Senior Leaving Certificate Examination (including Day School Certificate (Higher) General paper), 1947
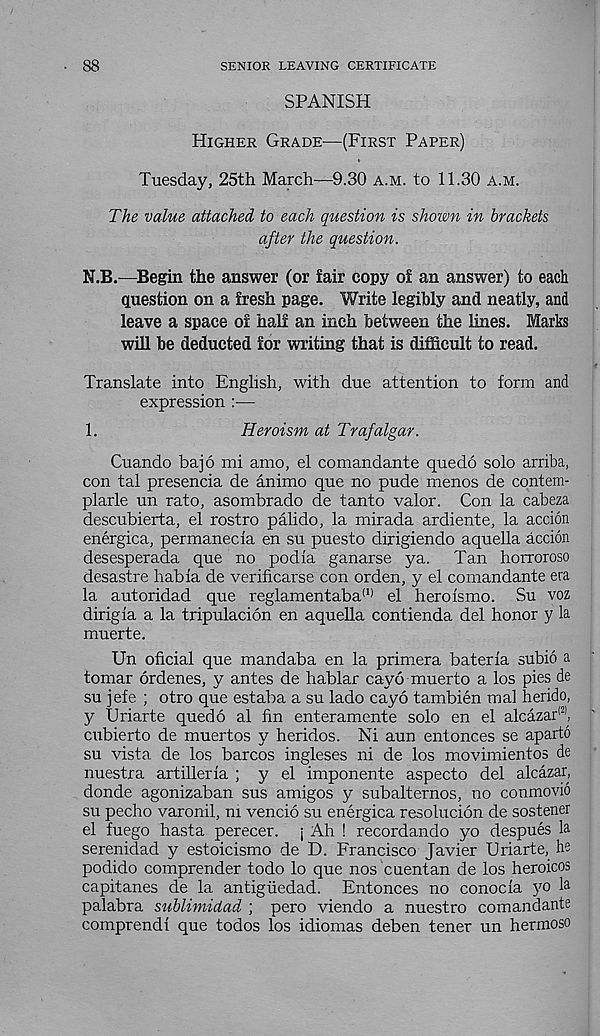
88
SENIOR LEAVING CERTIFICATE
SPANISH
Higher Grade—(First Paper)
Tuesday, 25th March—9.30 a.m. to 11.30 a.m.
The value attached to each question is shown in brackets
after the question.
N.B.—Begin the answer (or fair copy of an answer) to each
question on a fresh page. Write legibly and neatly, and
leave a space of half an inch between the lines. Marks
will be deducted for writing that is difficult to read.
Translate into English, with due attention to form and
expression :—
1.
Heroism at Trafalgar.
Cuando bajo mi amo, el comandante quedo solo arriba,
con tal presencia de animo que no pude menos de contem-
plarle un rato, asombrado de tanto valor. Con la cabeza
descubierta, el rostro palido, la mirada ardiente, la accion
energica, permanecla en su puesto dirigiendo aquella accion
desesperada que no podia ganarse ya.
Tan horroroso
desastre habia de verificarse con orden, y el comandante era
la autoridad que reglamentaba (1) el heroismo. Su voz
dirig ia a la tripulacion en aquella contienda del honor y la
muerte.
Un oficial que mandaba en la primera bateria subio a
tomar ordenes, y antes de hablar cayo muerto a los pies de
su jefe ; otro que estaba a su lado cayo tambien mal herido,
y Uriarte quedo al fin enteramente solo en el alcazar®,
cubierto de muertos y heridos. Ni aun entonces se aparto
su vista de los barcos ingleses ni de los movimientos de
nuestra artilleria ; y el imponente aspecto del alcazar,
donde agonizaban sus amigos y subalternos, no conmovio
su pecho varonil, ni vencio su energica resolucion de sostener
el fuego hasta perecer. ; Ah ! recordando yo despues la
serenidad y estoicismo de D. Francisco Javier Uriarte, he
podido comprender todo lo que nos cuentan de los heroicos
capitanes de la antigiiedad. Entonces no conocia yo la
palabra sublimidad ; pero viendo a nuestro comandante
comprendi que todos los idiomas deben tener un hermoso